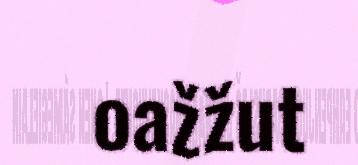
oažžut